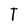
Character: T